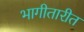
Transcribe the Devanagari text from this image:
भागीतारीत